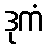
ဒုကံ